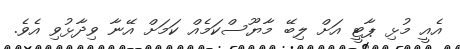
އެއީ މުޅި ޕާޓީ އަށް ލިބޭ މާޔޫސްކަމެއް ކަމަށް އޭނާ ވިދާޅުވި އެވެ.